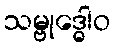
သမ္ဗုဒ္ဓေါဝ